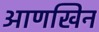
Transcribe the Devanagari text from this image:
आणखिन